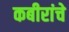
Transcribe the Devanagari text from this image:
कबीरांचे